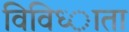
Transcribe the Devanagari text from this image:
विविध्ाता